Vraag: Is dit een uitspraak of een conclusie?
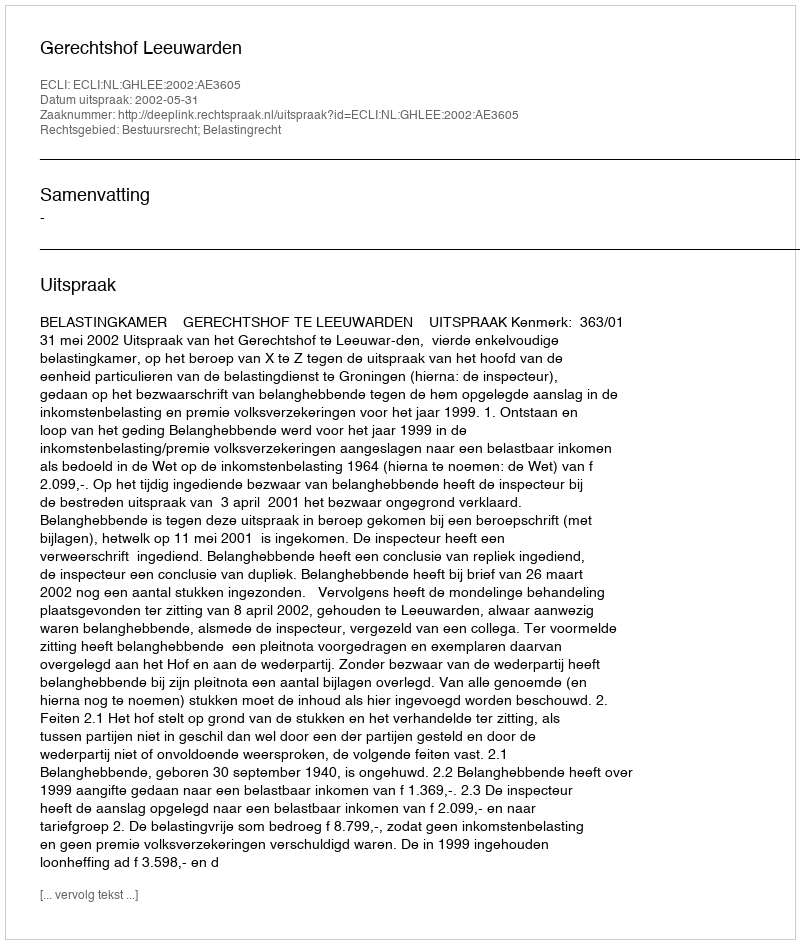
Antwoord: Uitspraak